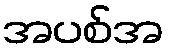
အပစ်အ